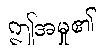
ဤအမှု၏